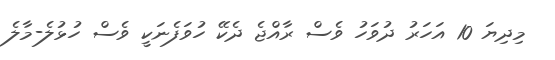
މިދިޔަ 10 އަހަރު ދުވަހު ވެސް ރާއްޖެ ދެކޭ ހުވަފެނަކީ ވެސް ހުޅުލެ-މާލެ